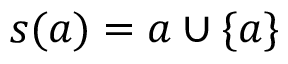
s ( a ) = a \cup \{ a \}